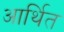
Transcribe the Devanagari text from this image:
आर्थित